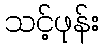
သင့်ဖုန်း